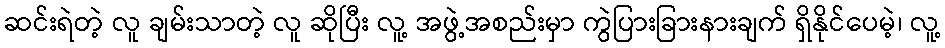
ဆင်းရဲတဲ့ လူ ချမ်းသာတဲ့ လူ ဆိုပြီး လူ့ အဖွဲ့အစည်းမှာ ကွဲပြားခြားနားချက် ရှိနိုင်ပေမဲ့၊ လူ့